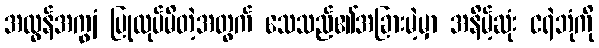
အလွန်အကျွံ ပြုလုပ်မိတဲ့အတွက် သေသည်၏အခြားမဲ့မှာ အနိမ့်ဆုံး ငရဲဘုံကို